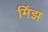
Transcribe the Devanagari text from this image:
मिंझ